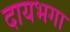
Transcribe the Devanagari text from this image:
दायभगा